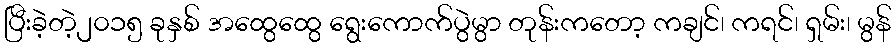
ပြီးခဲ့တဲ့၂၀၁၅ ခုနှစ် အထွေထွေ ရွေးကောက်ပွဲမွာ တုန်းကတော့ ကချင်၊ ကရင်၊ ရှမ်း၊ မွန်